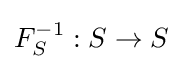
F_{S}^{-1}:S\to S